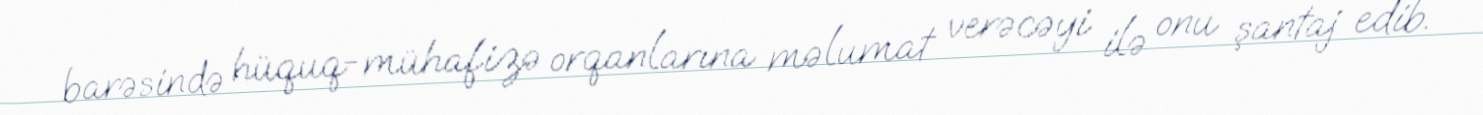
barəsində hüquq-mühafizə orqanlarına məlumat verəcəyi ilə onu şantaj edib.